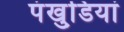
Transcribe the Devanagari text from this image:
पंखुडि़यां